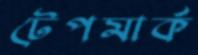
টেপমার্ক